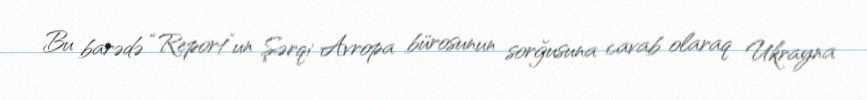
Bu barədə “Report”un Şərqi Avropa bürosunun sorğusuna cavab olaraq Ukrayna